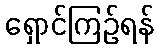
ရှောင်ကြဉ်ရန်